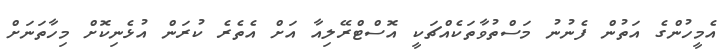
އެމީހުންގެ އަތުން ފެނުނު މަސްތުވާތަކެއްޗަކީ އޮސްޓްރޭލިއާ އަށް އެތެރެ ކުރަން އުޅެނިކޮށް މިހާތަނަށް